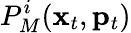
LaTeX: P_{M}^{i}({\mathbf x}_{t},{\mathbf p}_{t})